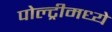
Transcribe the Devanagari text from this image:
पोल्ट्रीमध्ये